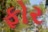
ફોર